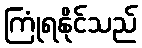
ကြုံရနိုင်သည်